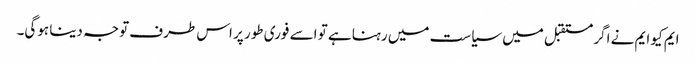
ایم کیو ایم نے اگر مستقبل میں سیاست میں رہنا ہے تو اسے فوری طور پر اس طرف توجہ دینا ہوگی۔